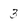
Character: 3